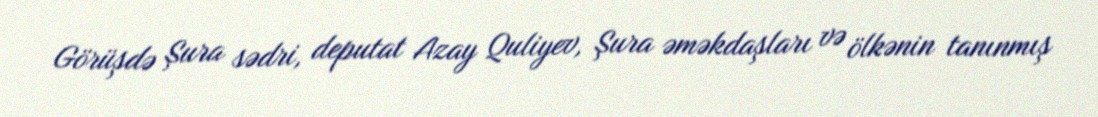
Görüşdə Şura sədri, deputat Azay Quliyev, Şura əməkdaşları və ölkənin tanınmış